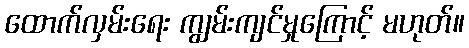
ထောက်လှမ်းရေး ကျွမ်းကျင်မှုကြောင့် မဟုတ်။